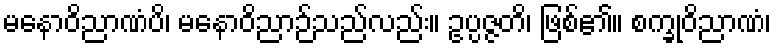
မနောဝိညာဏံပိ၊ မနောဝိညာဉ်သည်လည်း။ ဥပ္ပဇ္ဇတိ၊ ဖြစ်၏။ စက္ခုဝိညာဏံ၊